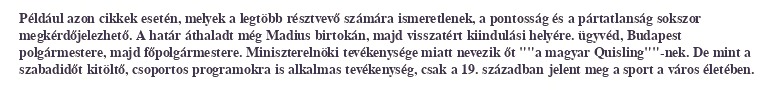
Például azon cikkek esetén, melyek a legtöbb résztvevő számára ismeretlenek, a pontosság és a pártatlanság sokszor megkérdőjelezhető. A határ áthaladt még Madius birtokán, majd visszatért kiindulási helyére. ügyvéd, Budapest polgármestere, majd főpolgármestere. Miniszterelnöki tevékenysége miatt nevezik őt ""a magyar Quisling""-nek. De mint a szabadidőt kitöltő, csoportos programokra is alkalmas tevékenység, csak a 19. században jelent meg a sport a város életében.